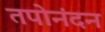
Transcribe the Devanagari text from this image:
तपोनंदन